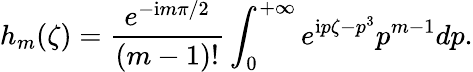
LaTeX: h_{m}(\zeta)=\frac{e^{-\mathrm{i}m\pi/2}}{(m-1)!}\int_{0}^{+\infty}e^{\mathrm{i}p\zeta-p^{3}}p^{m-1}dp.